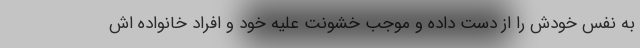
به نفس خودش را از دست داده و موجب خشونت علیه خود و افراد خانواده اش